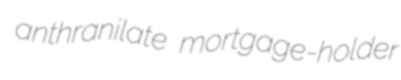
anthranilate mortgage-holder